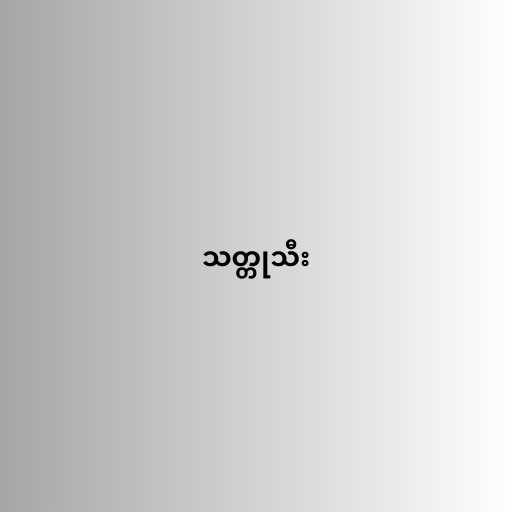
သတ္တုသီး